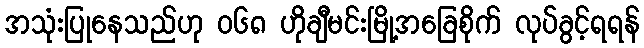
အသုံးပြုနေသည်ဟု ၀၆၈ ဟိုချီမင်းမြို့အခြေစိုက် လုပ်ခွင့်ရရန်